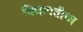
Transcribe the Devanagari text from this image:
विद्यापतीचा